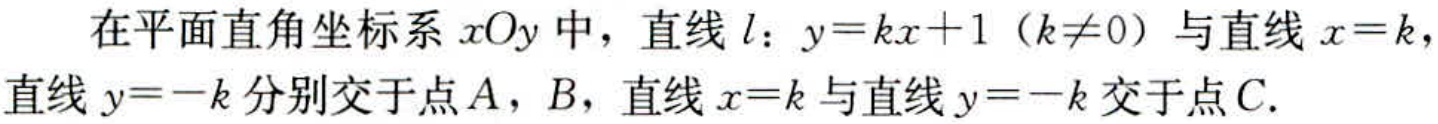
在平面直角坐标系\(xOy\)中，直线\(l\)：\(y = kx + 1\)（\(k\neq0\)）与直线\(x = k\)，直线\(y = -k\)分别交于点\(A\)，\(B\)，直线\(x = k\)与直线\(y = -k\)交于点\(C\).